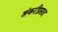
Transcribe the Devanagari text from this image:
शंकरीप्रसाद